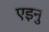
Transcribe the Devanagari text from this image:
एइनु